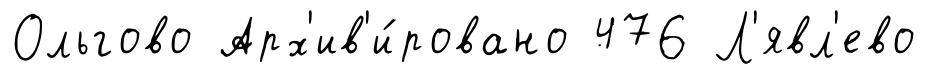
Ольгово Арх'ив'и́ровано 476 Л'явл'ево